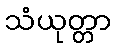
သံယုတ္တာ